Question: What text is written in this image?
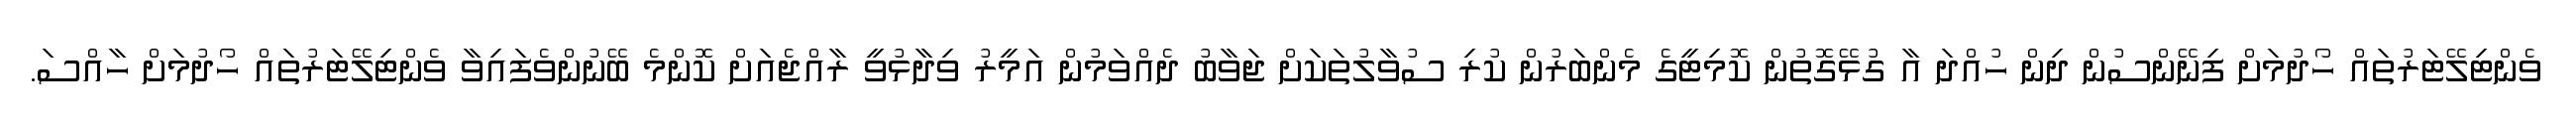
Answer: ވެންޓިލޭޓަރުތައް ހޯދުމަށް ފިނޭންސުން ދިން ހުއްދަ އާ ގުޅޭގޮތުން ކޮމިޓީގެ މެންބަރުން ކުރި ސުވާލުތަކަށް ޖަވާބު ދެއްވަމުން އަމީރު ވިދާޅުވީ ރާއްޖެއަށް ކޮންމެ ބޭނުންވެފައިވާ ވެންޓިލޭޓަރުތައް ހޯދުމަށް ހާއްސަ.